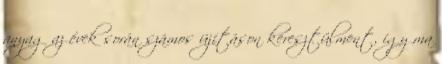
anyag az évek során számos újításon keresztülment, így ma